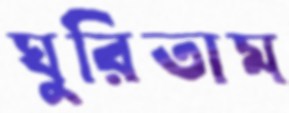
ঘুরিতাম